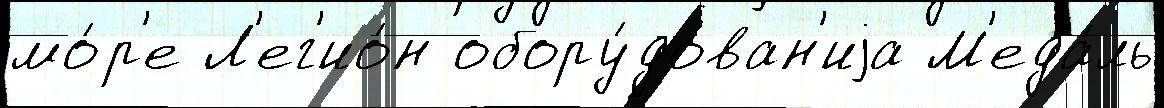
мо́р'е Л'ег'ио́н обору́дован'иjа М'еда́ль